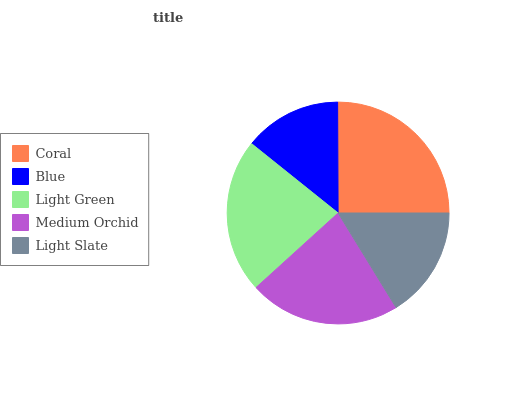
| Coral | Blue | Light Green | Medium Orchid | Light Slate |
 | --- | --- | --- | --- | --- |
 | 25.2% | 14.2% | 22.4% | 22% | 16.2% |